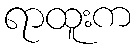
ရာထူးက